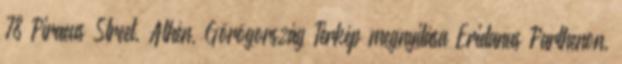
78 Piraeus Street, Athén, Görögország Térkép megnyitása Eridanus Parthenon,